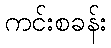
ကင်းစခန်း